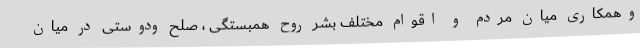
وهمکاری میان مردم و اقوام مختلف بشر روح همبستگی ، صلح ودوستی در میان